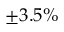
\pm 3 . 5 \%